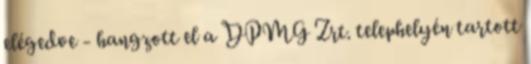
elégedve - hangzott el a DPMG Zrt. telephelyén tartott